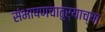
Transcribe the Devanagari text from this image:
संभाषणचातुर्याच्या